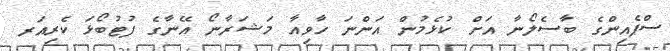
ސްޕެއިންގެ ބާސެލޯނާ އަށް ކުޅެމުން އަންނަ ހާވިއާ މަޝަރާނޯ އޭނާގެ ފުޓުބޯޅަ ކެރިއަރ